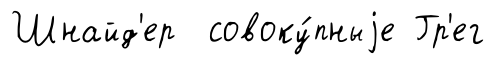
Шнайд'ер совоку́пныjе Гр'ег